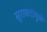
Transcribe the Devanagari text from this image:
सुरावटीमुळे